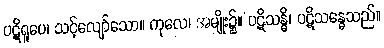
ပဋိရူပေ၊ သင့်လျော်သော။ ကုလေ၊ အမျိုး၌။ ပဋိသန္ဓိ၊ ပဋိသန္ဓေသည်။